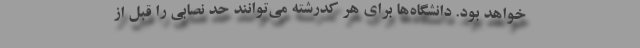
خواهد بود. دانشگاه‌ها برای هر کدرشته می‌توانند حد نصابی را قبل از